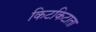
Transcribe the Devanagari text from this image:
किटकिटाता